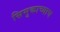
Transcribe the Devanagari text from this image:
सिमुकाच्याच